Subject: cs
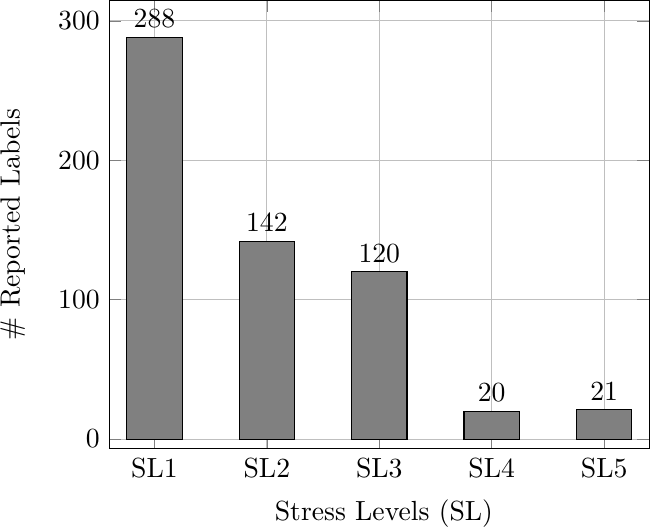
LaTeX code:
\begin{tikzpicture}

\begin{axis}
[
    ybar,
    ylabel={\# Reported Labels}, % the ylabel must precede a # symbol.
    xlabel={\ Stress Levels (SL)},
    bar width =20,
    symbolic x coords={SL1,SL2,SL3,SL4,SL5}, % these are the specification of coordinates on the x-axis.
    xtick align=inside,
    grid=major,
    xtick=data,
     nodes near coords, % this command is used to mention the y-axis points on the top of the particular bar.
    nodes near coords align={vertical},
    ]
\addplot [draw=black,fill=gray]   coordinates { (SL1,288) (SL2,142) (SL3,120) (SL4,20) (SL5,21)};

\end{axis}

\end{tikzpicture}